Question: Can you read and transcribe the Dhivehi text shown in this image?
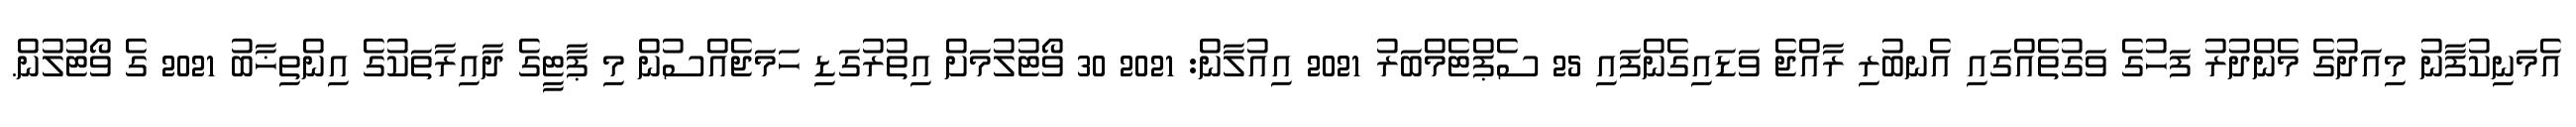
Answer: އެމަނިކުފާނު މިއަދުގެ މެންދުރު ފަހުގެ ވަގުތެއްގައި އެނބުރި ރާއްޖެ ވަޑައިގެންފައި 25 ސެޕްޓެމްބަރު 2021 އިއުލާން: 2021 30 ވޯޓުލުމަށް އިތުރުގަޑި ހަމަޖެއްސުން މި ޕާޓީގެ ދާއިރާތަކުގެ އިންތިޚާބު 2021 ގެ ވޯޓުލުން.